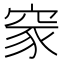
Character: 䆥